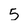
Character: 5